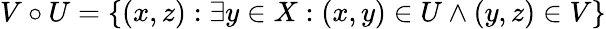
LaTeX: V\circ U=\{ (x,z):\exists y\in X:(x,y)\in U\wedge(y,z)\in V\}